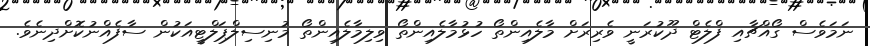
ނަމަވެސް ގޯއްޗާއި ފްލެޓް ދޫކުރަނީ ވެރިރަށް މާލެއިންތޯ ހުޅުމާލެއިންތޯ ވިލިމާލެއިންތޯ މުނިސިލްޕަލްޓީއަކުން ސާފެއްނުކޮށްދިނެވެ.